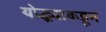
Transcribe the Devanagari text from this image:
योद्ध्याकडून